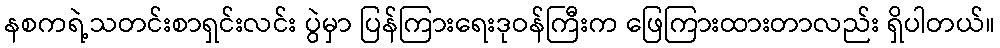
နစကရဲ့သတင်းစာရှင်းလင်း ပွဲမှာ ပြန်ကြားရေးဒုဝန်ကြီးက ဖြေကြားထားတာလည်း ရှိပါတယ်။